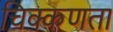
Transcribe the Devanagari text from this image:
चिक्कणता